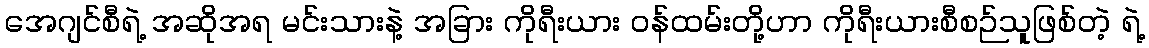
အေဂျင်စီရဲ့ အဆိုအရ မင်းသားနဲ့ အခြား ကိုရီးယား ဝန်ထမ်းတို့ဟာ ကိုရီးယားစီစဉ်သူဖြစ်တဲ့ ရဲ့